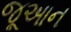
જૂઆન